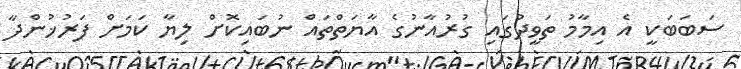
ސަބަބަކީ އެ އިމާމު ތަވީދުގައި ގުރުއާނުގެ އާޔަތްތައް ނުބައިކޮށް ލިޔާ ކަމަށް ފަރުޚުންދާ